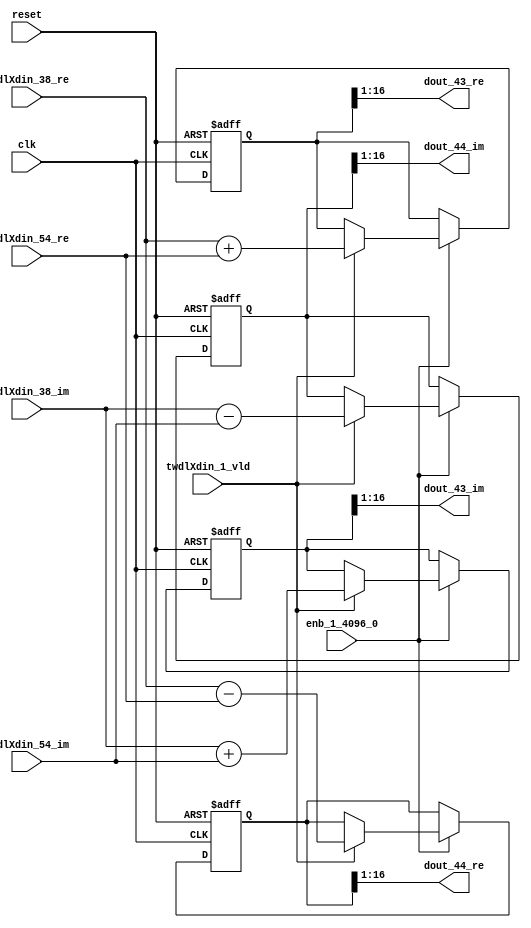
// -------------------------------------------------------------
// 
// 
// Generated by MATLAB 9.14 and HDL Coder 4.1
// 
// -------------------------------------------------------------


// -------------------------------------------------------------
// 
// Module: RADIX22FFT_SDNF1_3_block20
// Source Path: dsphdl.IFFT/RADIX22FFT_SDNF1_3
// Hierarchy Level: 4
// 
// -------------------------------------------------------------

`timescale 1 ns / 1 ns

module RADIX22FFT_SDNF1_3_block20
          (clk,
           reset,
           enb_1_4096_0,
           twdlXdin_38_re,
           twdlXdin_38_im,
           twdlXdin_54_re,
           twdlXdin_54_im,
           twdlXdin_1_vld,
           dout_43_re,
           dout_43_im,
           dout_44_re,
           dout_44_im);


  input   clk;
  input   reset;
  input   enb_1_4096_0;
  input   signed [15:0] twdlXdin_38_re;  // sfix16_En14
  input   signed [15:0] twdlXdin_38_im;  // sfix16_En14
  input   signed [15:0] twdlXdin_54_re;  // sfix16_En14
  input   signed [15:0] twdlXdin_54_im;  // sfix16_En14
  input   twdlXdin_1_vld;
  output  signed [15:0] dout_43_re;  // sfix16_En14
  output  signed [15:0] dout_43_im;  // sfix16_En14
  output  signed [15:0] dout_44_re;  // sfix16_En14
  output  signed [15:0] dout_44_im;  // sfix16_En14


  reg signed [16:0] Radix22ButterflyG1_NF_btf1_re_reg;  // sfix17
  reg signed [16:0] Radix22ButterflyG1_NF_btf1_im_reg;  // sfix17
  reg signed [16:0] Radix22ButterflyG1_NF_btf2_re_reg;  // sfix17
  reg signed [16:0] Radix22ButterflyG1_NF_btf2_im_reg;  // sfix17
  reg  Radix22ButterflyG1_NF_dinXtwdl_vld_dly1;
  reg signed [16:0] Radix22ButterflyG1_NF_btf1_re_reg_next;  // sfix17_En14
  reg signed [16:0] Radix22ButterflyG1_NF_btf1_im_reg_next;  // sfix17_En14
  reg signed [16:0] Radix22ButterflyG1_NF_btf2_re_reg_next;  // sfix17_En14
  reg signed [16:0] Radix22ButterflyG1_NF_btf2_im_reg_next;  // sfix17_En14
  reg  Radix22ButterflyG1_NF_dinXtwdl_vld_dly1_next;
  reg signed [15:0] dout_43_re_1;  // sfix16_En14
  reg signed [15:0] dout_43_im_1;  // sfix16_En14
  reg signed [15:0] dout_44_re_1;  // sfix16_En14
  reg signed [15:0] dout_44_im_1;  // sfix16_En14
  reg  dout_43_vld;
  reg signed [16:0] Radix22ButterflyG1_NF_add_cast;  // sfix17_En14
  reg signed [16:0] Radix22ButterflyG1_NF_add_cast_0;  // sfix17_En14
  reg signed [16:0] Radix22ButterflyG1_NF_sra_temp;  // sfix17_En14
  reg signed [16:0] Radix22ButterflyG1_NF_sub_cast;  // sfix17_En14
  reg signed [16:0] Radix22ButterflyG1_NF_sub_cast_0;  // sfix17_En14
  reg signed [16:0] Radix22ButterflyG1_NF_sra_temp_0;  // sfix17_En14
  reg signed [16:0] Radix22ButterflyG1_NF_add_cast_1;  // sfix17_En14
  reg signed [16:0] Radix22ButterflyG1_NF_add_cast_2;  // sfix17_En14
  reg signed [16:0] Radix22ButterflyG1_NF_sra_temp_1;  // sfix17_En14
  reg signed [16:0] Radix22ButterflyG1_NF_sub_cast_1;  // sfix17_En14
  reg signed [16:0] Radix22ButterflyG1_NF_sub_cast_2;  // sfix17_En14
  reg signed [16:0] Radix22ButterflyG1_NF_sra_temp_2;  // sfix17_En14


  // Radix22ButterflyG1_NF
  always @(posedge clk or posedge reset)
    begin : Radix22ButterflyG1_NF_process
      if (reset == 1'b1) begin
        Radix22ButterflyG1_NF_btf1_re_reg <= 17'sb00000000000000000;
        Radix22ButterflyG1_NF_btf1_im_reg <= 17'sb00000000000000000;
        Radix22ButterflyG1_NF_btf2_re_reg <= 17'sb00000000000000000;
        Radix22ButterflyG1_NF_btf2_im_reg <= 17'sb00000000000000000;
        Radix22ButterflyG1_NF_dinXtwdl_vld_dly1 <= 1'b0;
      end
      else begin
        if (enb_1_4096_0) begin
          Radix22ButterflyG1_NF_btf1_re_reg <= Radix22ButterflyG1_NF_btf1_re_reg_next;
          Radix22ButterflyG1_NF_btf1_im_reg <= Radix22ButterflyG1_NF_btf1_im_reg_next;
          Radix22ButterflyG1_NF_btf2_re_reg <= Radix22ButterflyG1_NF_btf2_re_reg_next;
          Radix22ButterflyG1_NF_btf2_im_reg <= Radix22ButterflyG1_NF_btf2_im_reg_next;
          Radix22ButterflyG1_NF_dinXtwdl_vld_dly1 <= Radix22ButterflyG1_NF_dinXtwdl_vld_dly1_next;
        end
      end
    end

  always @(Radix22ButterflyG1_NF_btf1_im_reg, Radix22ButterflyG1_NF_btf1_re_reg,
       Radix22ButterflyG1_NF_btf2_im_reg, Radix22ButterflyG1_NF_btf2_re_reg,
       Radix22ButterflyG1_NF_dinXtwdl_vld_dly1, twdlXdin_1_vld, twdlXdin_38_im,
       twdlXdin_38_re, twdlXdin_54_im, twdlXdin_54_re) begin
    Radix22ButterflyG1_NF_add_cast = 17'sb00000000000000000;
    Radix22ButterflyG1_NF_add_cast_0 = 17'sb00000000000000000;
    Radix22ButterflyG1_NF_sub_cast = 17'sb00000000000000000;
    Radix22ButterflyG1_NF_sub_cast_0 = 17'sb00000000000000000;
    Radix22ButterflyG1_NF_add_cast_1 = 17'sb00000000000000000;
    Radix22ButterflyG1_NF_add_cast_2 = 17'sb00000000000000000;
    Radix22ButterflyG1_NF_sub_cast_1 = 17'sb00000000000000000;
    Radix22ButterflyG1_NF_sub_cast_2 = 17'sb00000000000000000;
    Radix22ButterflyG1_NF_btf1_re_reg_next = Radix22ButterflyG1_NF_btf1_re_reg;
    Radix22ButterflyG1_NF_btf1_im_reg_next = Radix22ButterflyG1_NF_btf1_im_reg;
    Radix22ButterflyG1_NF_btf2_re_reg_next = Radix22ButterflyG1_NF_btf2_re_reg;
    Radix22ButterflyG1_NF_btf2_im_reg_next = Radix22ButterflyG1_NF_btf2_im_reg;
    Radix22ButterflyG1_NF_dinXtwdl_vld_dly1_next = twdlXdin_1_vld;
    if (twdlXdin_1_vld) begin
      Radix22ButterflyG1_NF_add_cast = {twdlXdin_38_re[15], twdlXdin_38_re};
      Radix22ButterflyG1_NF_add_cast_0 = {twdlXdin_54_re[15], twdlXdin_54_re};
      Radix22ButterflyG1_NF_btf1_re_reg_next = Radix22ButterflyG1_NF_add_cast + Radix22ButterflyG1_NF_add_cast_0;
      Radix22ButterflyG1_NF_sub_cast = {twdlXdin_38_re[15], twdlXdin_38_re};
      Radix22ButterflyG1_NF_sub_cast_0 = {twdlXdin_54_re[15], twdlXdin_54_re};
      Radix22ButterflyG1_NF_btf2_re_reg_next = Radix22ButterflyG1_NF_sub_cast - Radix22ButterflyG1_NF_sub_cast_0;
      Radix22ButterflyG1_NF_add_cast_1 = {twdlXdin_38_im[15], twdlXdin_38_im};
      Radix22ButterflyG1_NF_add_cast_2 = {twdlXdin_54_im[15], twdlXdin_54_im};
      Radix22ButterflyG1_NF_btf1_im_reg_next = Radix22ButterflyG1_NF_add_cast_1 + Radix22ButterflyG1_NF_add_cast_2;
      Radix22ButterflyG1_NF_sub_cast_1 = {twdlXdin_38_im[15], twdlXdin_38_im};
      Radix22ButterflyG1_NF_sub_cast_2 = {twdlXdin_54_im[15], twdlXdin_54_im};
      Radix22ButterflyG1_NF_btf2_im_reg_next = Radix22ButterflyG1_NF_sub_cast_1 - Radix22ButterflyG1_NF_sub_cast_2;
    end
    Radix22ButterflyG1_NF_sra_temp = Radix22ButterflyG1_NF_btf1_re_reg >>> 8'd1;
    dout_43_re_1 = Radix22ButterflyG1_NF_sra_temp[15:0];
    Radix22ButterflyG1_NF_sra_temp_0 = Radix22ButterflyG1_NF_btf1_im_reg >>> 8'd1;
    dout_43_im_1 = Radix22ButterflyG1_NF_sra_temp_0[15:0];
    Radix22ButterflyG1_NF_sra_temp_1 = Radix22ButterflyG1_NF_btf2_re_reg >>> 8'd1;
    dout_44_re_1 = Radix22ButterflyG1_NF_sra_temp_1[15:0];
    Radix22ButterflyG1_NF_sra_temp_2 = Radix22ButterflyG1_NF_btf2_im_reg >>> 8'd1;
    dout_44_im_1 = Radix22ButterflyG1_NF_sra_temp_2[15:0];
    dout_43_vld = Radix22ButterflyG1_NF_dinXtwdl_vld_dly1;
  end



  assign dout_43_re = dout_43_re_1;

  assign dout_43_im = dout_43_im_1;

  assign dout_44_re = dout_44_re_1;

  assign dout_44_im = dout_44_im_1;

endmodule  // RADIX22FFT_SDNF1_3_block20